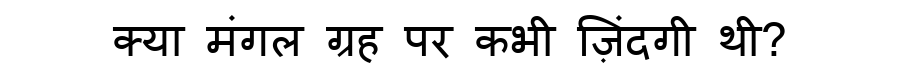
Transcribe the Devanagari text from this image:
क्या मंगल ग्रह पर कभी ज़िंदगी थी?